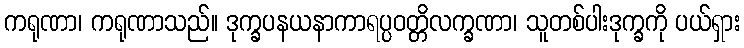
ကရုဏာ၊ ကရုဏာသည်။ ဒုက္ခပနယနာကာရပ္ပဝတ္တိလက္ခဏာ၊ သူတစ်ပါးဒုက္ခကို ပယ်ရှား